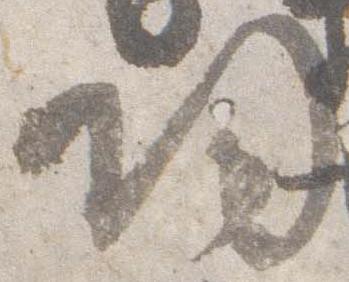
帰